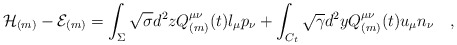
\begin{align*}{\cal H}_{(m)}-{\cal E}_{(m)}=\int_{\Sigma} \sqrt{\sigma}d^2zQ_{(m)}^{\mu\nu}(t)l_\mu p_\nu+\int_{C_t} \sqrt{\gamma}d^2yQ_{(m)}^{\mu\nu}(t) u_\mu n_\nu ~~~,\end{align*}